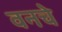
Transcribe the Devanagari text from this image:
वनचे